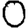
Digit: 0